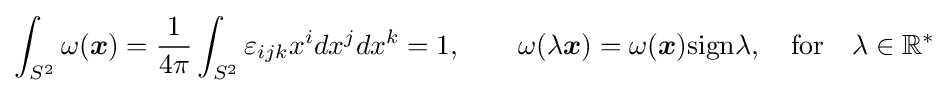
\int _{S^{2}}\omega ({\boldsymbol {x}})={\frac {1}{4\pi }}\int _{S^{2}}\varepsilon _{ijk}x^{i}dx^{j}dx^{k}=1,\qquad \omega (\lambda {\boldsymbol {x}})=\omega ({\boldsymbol {x}}){\rm {sign}}\lambda ,\quad {\rm {for}}\quad \lambda \in \mathbb {R} ^{*}